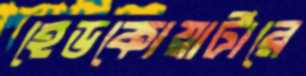
হেডকোয়ার্টারে